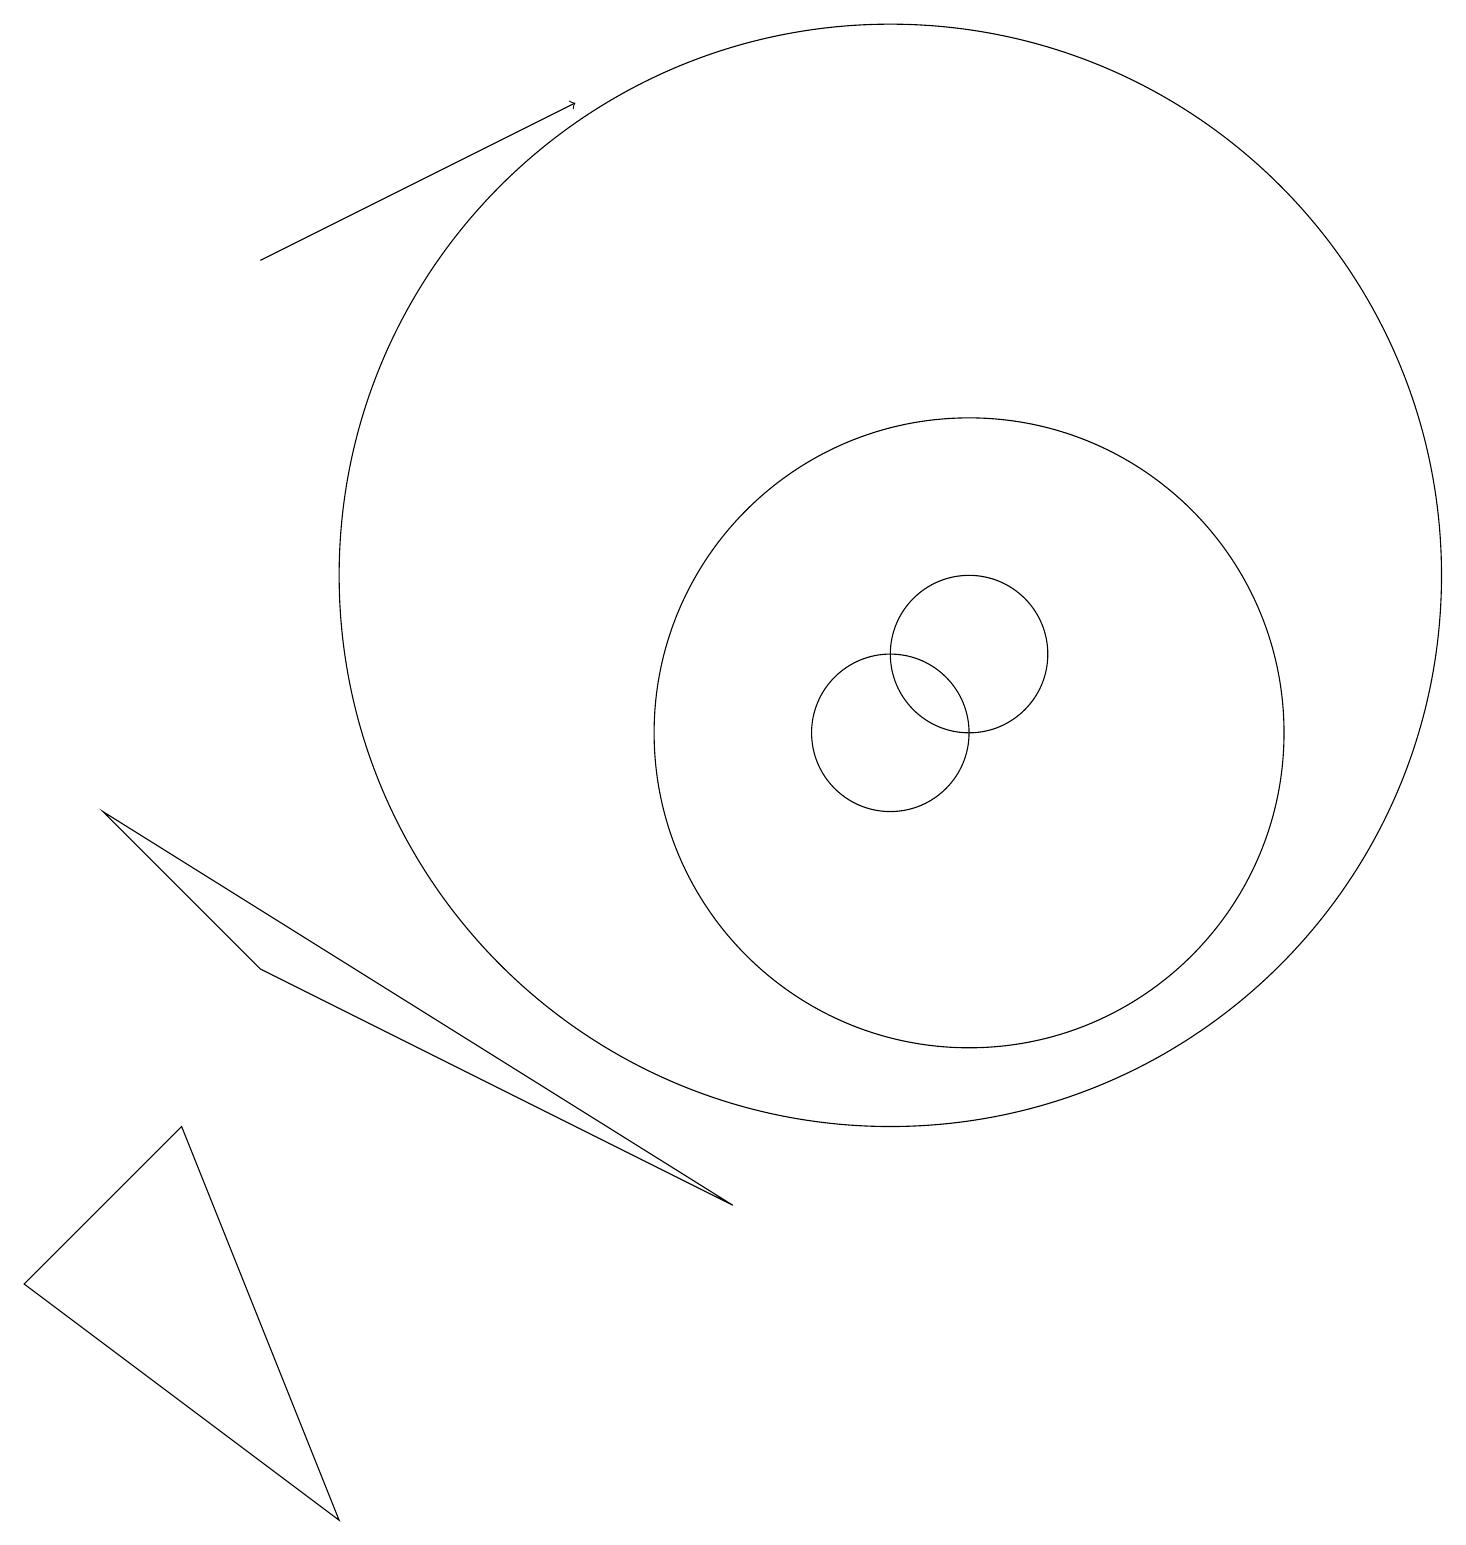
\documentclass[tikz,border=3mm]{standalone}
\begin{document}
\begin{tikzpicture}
\draw (12,11) circle (1);
\draw[->] (3,16) -- (7,18);
\draw (12,10) circle (4);
\draw (11,10) circle (1);
\draw (4,0) -- (2,5) -- (0,3) -- cycle;
\draw (1,9) -- (3,7) -- (9,4) -- cycle;
\draw (11,12) circle (7);
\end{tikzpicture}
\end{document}